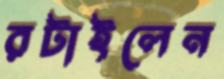
রটাইলেন